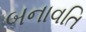
બનાવતિ